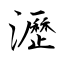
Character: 瀝